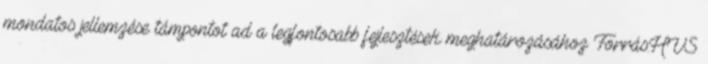
mondatos jellemzése támpontot ad a legfontosabb fejlesztések meghatározásához Forrás:HVS